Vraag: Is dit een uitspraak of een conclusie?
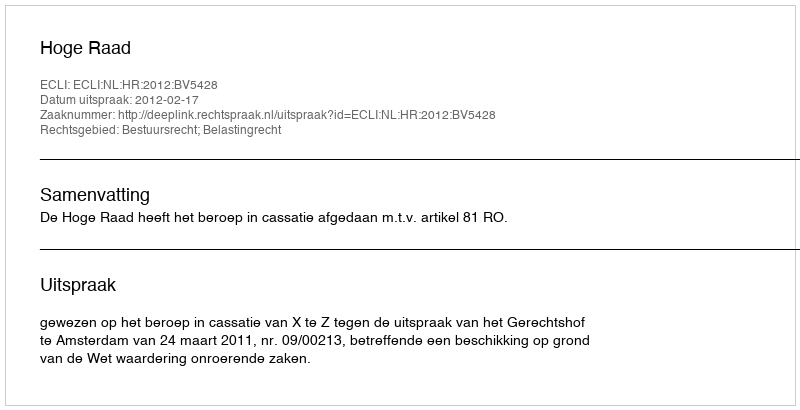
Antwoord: Uitspraak